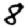
Digit: 8